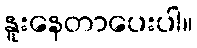
နူးနေတာပေးပါ။